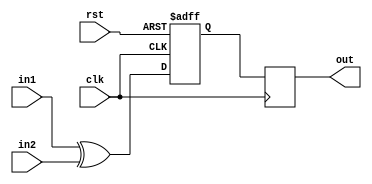
module XOR_Gate_Delay (
    input  wire           clk,
    input  wire           rst,
    input  wire           in1,
    input  wire           in2,
    output reg  [0:0]     out
);

reg [0:0] delay;

always @(posedge clk or posedge rst) begin
    if (rst) begin
        delay <= 1'b0;
    end else begin
        delay <= in1 ^ in2;
    end
end

always @(posedge clk) begin
    out <= delay;
end

endmodule